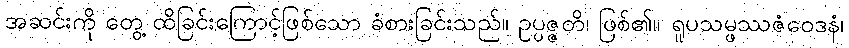
အဆင်းကို တွေ့ ထိခြင်းကြောင့်ဖြစ်သော ခံစားခြင်းသည်။ ဥပ္ပဇ္ဇတိ၊ ဖြစ်၏။ ရူပသမ္ဖဿဇံဝေဒနံ၊